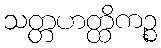
သတ္တဟတ္ထိကဉ္စ